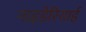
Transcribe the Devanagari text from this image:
नाइडेरियाई